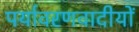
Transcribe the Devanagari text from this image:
पर्यावरणवादीयों